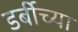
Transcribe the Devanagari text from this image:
डर्बीच्या